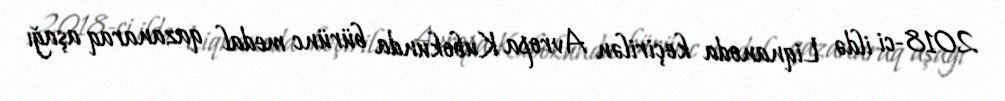
2018-ci ildə Liqnanoda keçirilən Avropa Kubokunda bürünc medal qazanaraq aşağı